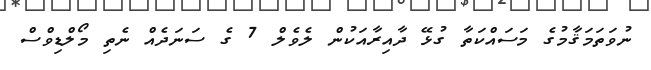
ނުވަތަމަޤާމުގެ މަސައްކަތާ ގުޅޭ ދާއިރާއަކުން ލެވެލް 7 ގެ ސަނަދެއް ނެތި މޯލްޑިވްސް